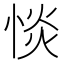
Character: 惔